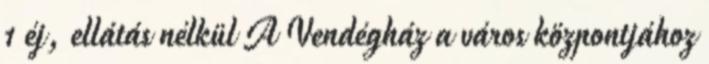
1 éj, ellátás nélkül A Vendégház a város központjához